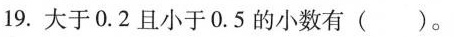
19.大于0.2且小于0.5的小数有（）。